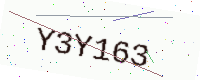
Text: Y3Y163